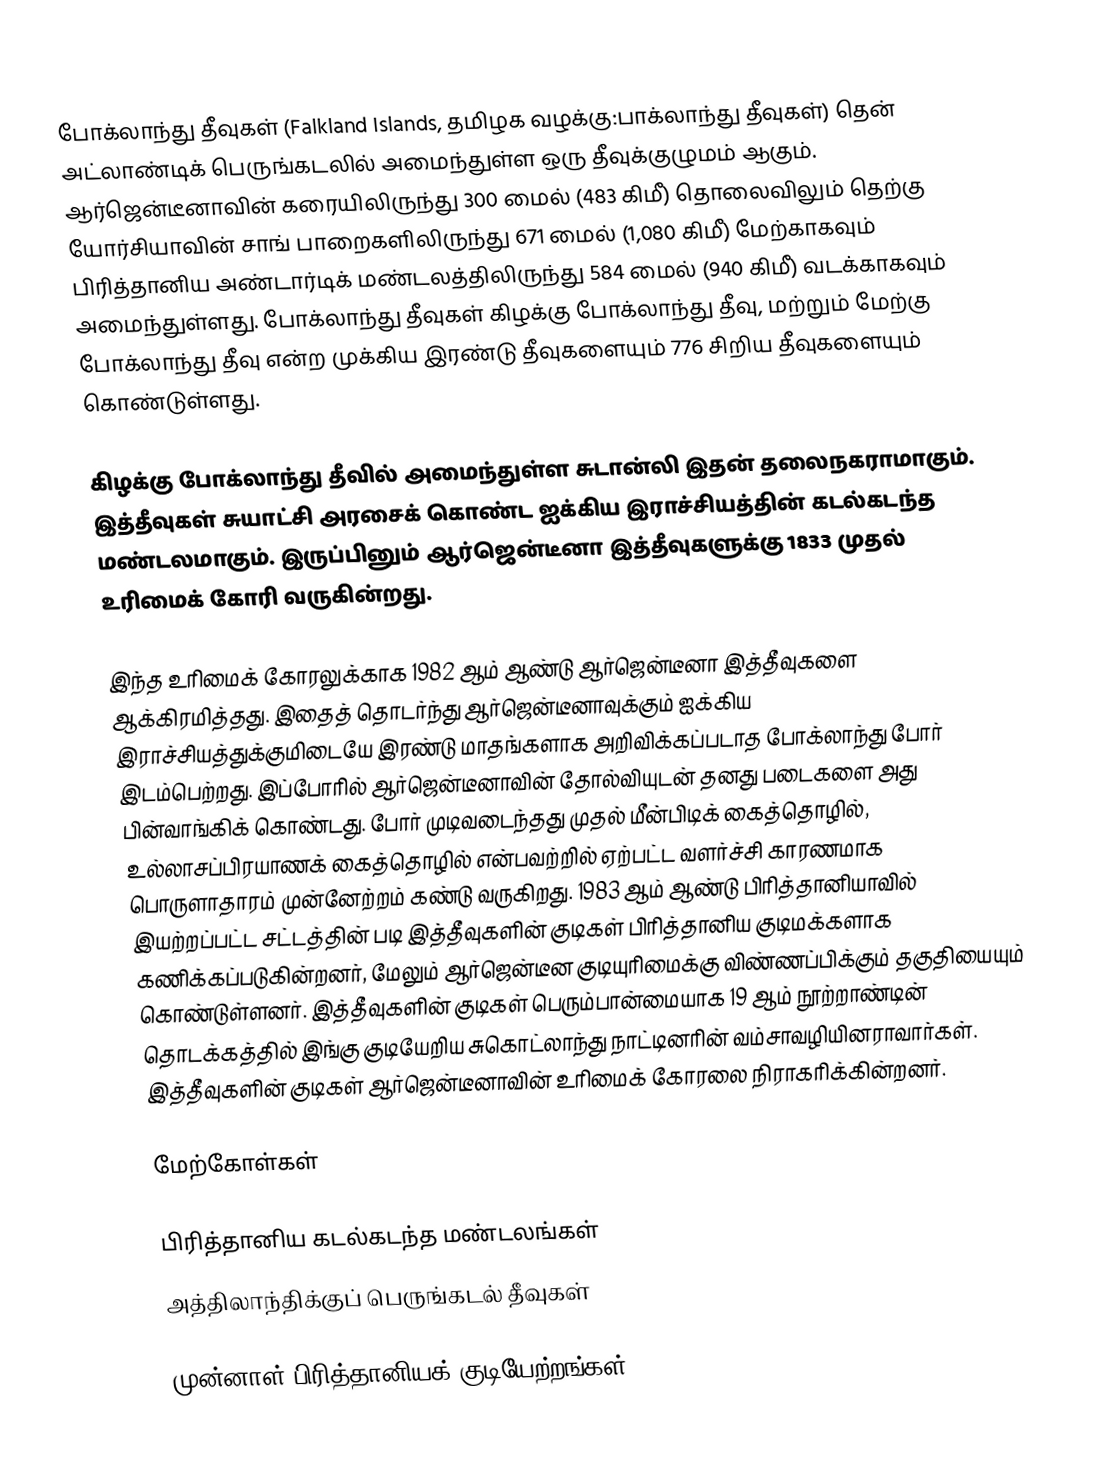
போக்லாந்து தீவுகள் (Falkland Islands, தமிழக வழக்கு:பாக்லாந்து தீவுகள்) தென் அட்லாண்டிக் பெருங்கடலில் அமைந்துள்ள ஒரு தீவுக்குழுமம் ஆகும். ஆர்ஜென்டீனாவின் கரையிலிருந்து 300 மைல் (483 கிமீ) தொலைவிலும் தெற்கு யோர்சியாவின் சாங் பாறைகளிலிருந்து 671 மைல் (1,080 கிமீ) மேற்காகவும் பிரித்தானிய அண்டார்டிக் மண்டலத்திலிருந்து 584 மைல் (940 கிமீ) வடக்காகவும் அமைந்துள்ளது. போக்லாந்து தீவுகள் கிழக்கு போக்லாந்து தீவு, மற்றும் மேற்கு போக்லாந்து தீவு என்ற முக்கிய இரண்டு தீவுகளையும் 776 சிறிய தீவுகளையும் கொண்டுள்ளது.

கிழக்கு போக்லாந்து தீவில் அமைந்துள்ள சுடான்லி இதன் தலைநகராமாகும். இத்தீவுகள் சுயாட்சி அரசைக் கொண்ட ஐக்கிய இராச்சியத்தின் கடல்கடந்த மண்டலமாகும். இருப்பினும் ஆர்ஜென்டீனா இத்தீவுகளுக்கு 1833 முதல் உரிமைக் கோரி வருகின்றது.

இந்த உரிமைக் கோரலுக்காக 1982 ஆம் ஆண்டு ஆர்ஜென்டீனா இத்தீவுகளை ஆக்கிரமித்தது. இதைத் தொடர்ந்து ஆர்ஜென்டீனாவுக்கும் ஐக்கிய இராச்சியத்துக்குமிடையே இரண்டு மாதங்களாக அறிவிக்கப்படாத போக்லாந்து போர் இடம்பெற்றது. இப்போரில் ஆர்ஜென்டீனாவின் தோல்வியுடன் தனது படைகளை அது பின்வாங்கிக் கொண்டது. போர் முடிவடைந்தது முதல் மீன்பிடிக் கைத்தொழில், உல்லாசப்பிரயாணக் கைத்தொழில் என்பவற்றில் ஏற்பட்ட வளர்ச்சி காரணமாக பொருளாதாரம் முன்னேற்றம் கண்டு வருகிறது. 1983 ஆம் ஆண்டு பிரித்தானியாவில் இயற்றப்பட்ட சட்டத்தின் படி இத்தீவுகளின் குடிகள் பிரித்தானிய குடிமக்களாக கணிக்கப்படுகின்றனர், மேலும் ஆர்ஜென்டீன குடியுரிமைக்கு விண்ணப்பிக்கும் தகுதியையும் கொண்டுள்ளனர். இத்தீவுகளின்  குடிகள் பெரும்பான்மையாக 19 ஆம் நூற்றாண்டின் தொடக்கத்தில் இங்கு குடியேறிய சுகொட்லாந்து நாட்டினரின் வம்சாவழியினராவார்கள். இத்தீவுகளின் குடிகள் ஆர்ஜென்டீனாவின் உரிமைக் கோரலை நிராகரிக்கின்றனர்.

மேற்கோள்கள்

பிரித்தானிய கடல்கடந்த மண்டலங்கள்
அத்திலாந்திக்குப் பெருங்கடல் தீவுகள்

முன்னாள் பிரித்தானியக் குடியேற்றங்கள்